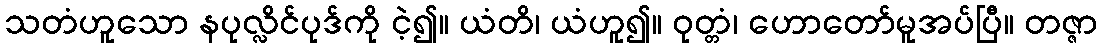
သတံဟူသော နပုလ္လိင်ပုဒ်ကို ငဲ့၍။ ယံတိ၊ ယံဟူ၍။ ဝုတ္တံ၊ ဟောတော်မူအပ်ပြီ။ တဇ္ဇာ